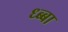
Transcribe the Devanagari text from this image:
ध्ब्बा